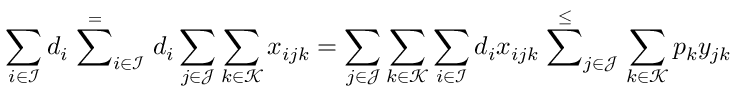
\sum _ { i \in \mathcal { I } } d _ { i } \stackrel { = } \sum _ { i \in \mathcal { I } } d _ { i } \sum _ { j \in \mathcal { J } } \sum _ { k \in \mathcal { K } } x _ { i j k } = \sum _ { j \in \mathcal { J } } \sum _ { k \in \mathcal { K } } \sum _ { i \in \mathcal { I } } d _ { i } x _ { i j k } \stackrel { \leq } \sum _ { j \in \mathcal { J } } \sum _ { k \in \mathcal { K } } p _ { k } y _ { j k }